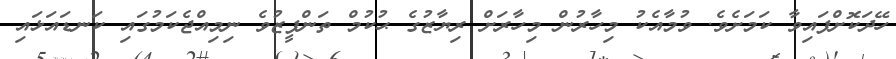
ހޭދަކޮށްފައިވާ ކަމަށެވެ. ވުމާއެކު މިހާރުން މިހާރަށް ރިޔާޒުގެ ޙުކުމް ތަންފީޒުވެ ނިމިއްޖެކަމުގައި ކަނޑައަޅައި